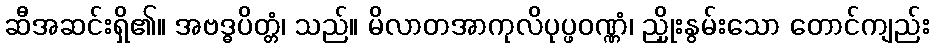
ဆီအဆင်းရှိ၏။ အဗဒ္ဓပိတ္တံ၊ သည်။ မိလာတအာကုလိပုပ္ဖဝဏ္ဏံ၊ ညှိုးနွမ်းသော တောင်ကျည်း